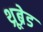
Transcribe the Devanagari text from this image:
थ्रूब्रेड